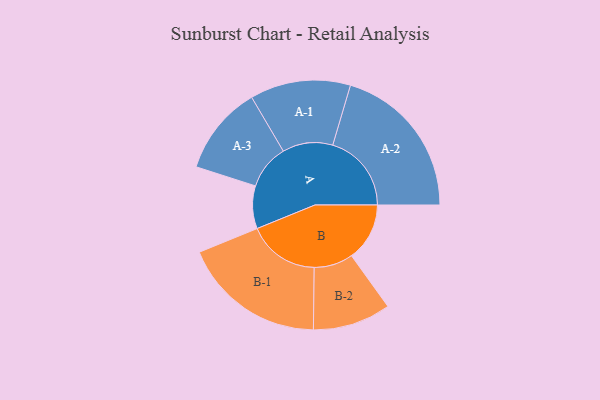
{"axis": {"x": "Segment", "y": "Value"}, "legend": ["", "A", "B"], "data": [{"x": "A", "y": 137, "type": ""}, {"x": "B", "y": 186, "type": ""}, {"x": "A-1", "y": 161, "type": "A"}, {"x": "A-2", "y": 252, "type": "A"}, {"x": "A-3", "y": 143, "type": "A"}, {"x": "B-1", "y": 230, "type": "B"}, {"x": "B-2", "y": 125, "type": "B"}]}